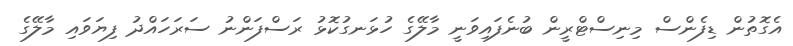
އެގޮތުން ޑިފެންސް މިނިސްޓްރީން ބުނެފައިވަނީ މާލޭގެ ހުޅަނގުކޮޅު ރަސްފަންނު ސަރަހައްދު ފިޔަވައި މާލޭގެ